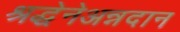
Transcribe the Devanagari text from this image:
श्रद्धेनेअन्नदान